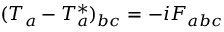
( T _ { a } - T _ { a } ^ { \ast } ) _ { b c } = - i F _ { a b c }